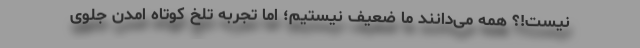
نیست!؟ همه می‌دانند ما ضعیف نیستیم؛ اما تجربه تلخ کوتاه امدن جلوی